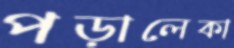
পড়ালেকা